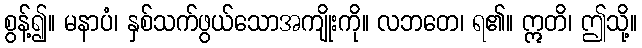
စွန့်၍။ မနာပံ၊ နှစ်သက်ဖွယ်သောအကျိုးကို။ လဘတေ၊ ရ၏။ ဣတိ၊ ဤသို့။